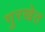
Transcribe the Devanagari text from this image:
गुरखेत